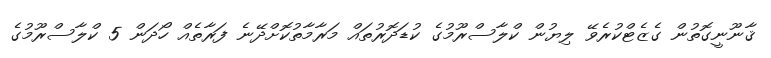
ޤާނޫނީގޮތުން ގެޒެޓްކުރެވޭ ލިޔުން ކްލާސްރޫމުގެ ކުޑަދޮރުތައް މަރާމާތުކޮށްދޭނެ ފަރާތެއް ހޯދަން 5 ކްލާސްރޫމުގެ